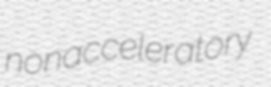
nonacceleratory